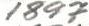
1897